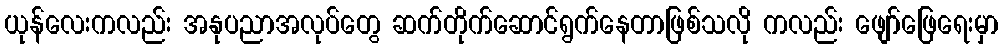
ယုန်လေးကလည်း အနုပညာအလုပ်တွေ ဆက်တိုက်ဆောင်ရွက်နေတာဖြစ်သလို ကလည်း ဖျော်ဖြေရေးမှာ